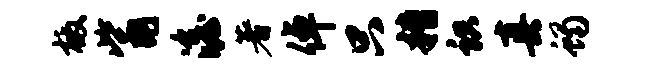
檄觜澹著倬只糟识真蝎